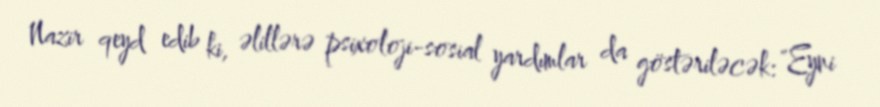
Nazir qeyd edib ki, əlillərə psixoloji-sosial yardımlar da göstəriləcək: "Eyni